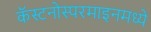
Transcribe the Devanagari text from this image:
कॅस्टनोस्परमाइनमध्ये